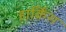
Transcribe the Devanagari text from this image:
हार्किंस